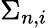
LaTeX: \Sigma_{n,i}